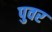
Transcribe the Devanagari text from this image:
पुवर